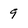
Character: 9